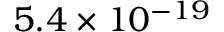
5 . 4 \times 1 0 ^ { - 1 9 }